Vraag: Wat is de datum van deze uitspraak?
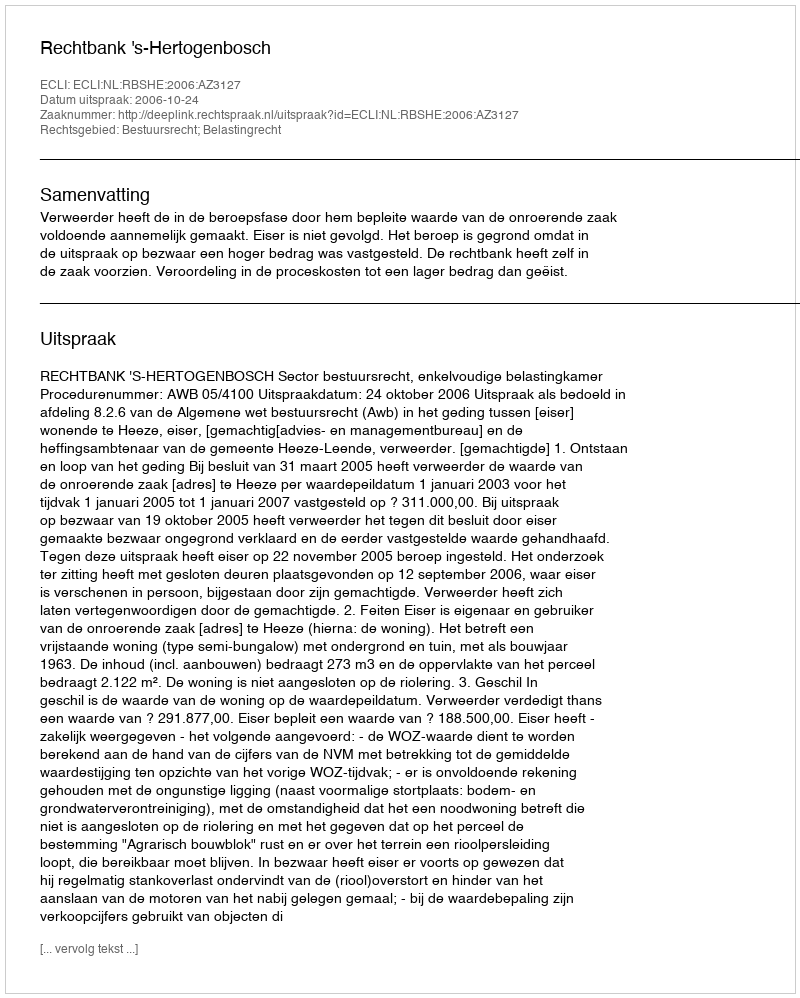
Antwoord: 2006-10-24